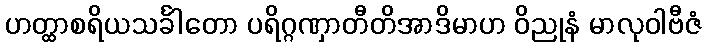
ဟတ္ထာစရိယသင်္ခါတော ပရိဂ္ဂဏှာတီတိအာဒိမာဟ ဝိညုနံ မာလုဝါဗီဇံ